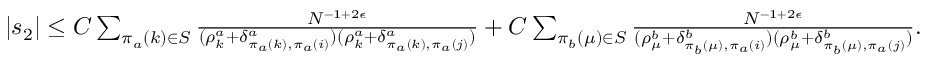
\begin{array} { r } { | s _ { 2 } | \le C \sum _ { \pi _ { a } ( k ) \in S } \frac { N ^ { - 1 + 2 \epsilon } } { ( \rho _ { k } ^ { a } + \delta _ { \pi _ { a } ( k ) , \pi _ { a } ( i ) } ^ { a } ) ( \rho _ { k } ^ { a } + \delta _ { \pi _ { a } ( k ) , \pi _ { a } ( j ) } ^ { a } ) } + C \sum _ { \pi _ { b } ( \mu ) \in S } \frac { N ^ { - 1 + 2 \epsilon } } { ( \rho _ { \mu } ^ { b } + \delta _ { \pi _ { b } ( \mu ) , \pi _ { a } ( i ) } ^ { b } ) ( \rho _ { \mu } ^ { b } + \delta _ { \pi _ { b } ( \mu ) , \pi _ { a } ( j ) } ^ { b } ) } . } \end{array}